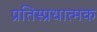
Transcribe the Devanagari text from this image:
प्रतिस्प्रधात्मक